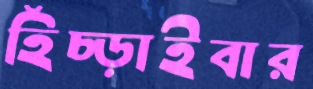
হিঁচ্‌ড়াইবার